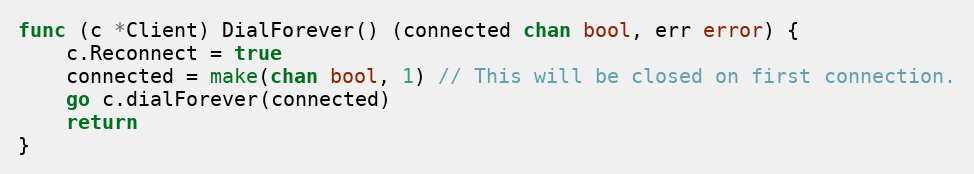
Language: Go
func (c *Client) DialForever() (connected chan bool, err error) {
	c.Reconnect = true
	connected = make(chan bool, 1) // This will be closed on first connection.
	go c.dialForever(connected)
	return
}